Lunatic asylums United Prov. 1922-30 - 1922-1930
Year: 1922
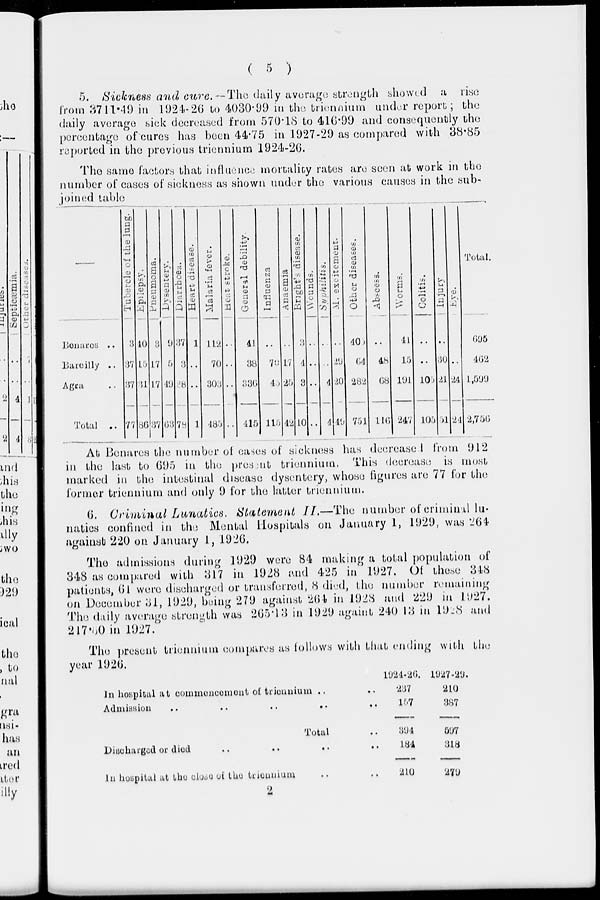
( 5 )
5. Sickness and cure. —The daily average strength showed a rise
from 3711.49 in 1924-26 to 4030.99 in the triennium under report; the
daily average sick decreased from 570.18 to 416.99 and consequently the
percentage of cures has been 44.75 in 1927-29 as compared with 38.85
reported in the previous triennium 1924-26.
The same factors that influence mortality rates are seen at work in the
number of cases of sickness as shown under the various causes in the sub-
joined table
Benares
..
Bareilly ..
Agra
Total ..
Tubercle of the lung.
3
37
37
77
Epilepsy.
40
15
31
86
Pneumoma.
3
17
17
37
Dysentery.
9
5
49
63
Diarrhœs.
37
3
38
78
Heart disease.
1
..
..
1
Malaria fever.
112
70
303
485
Heat stroke.
..
..
..
..
General debility.
41
38
336
415
Influenza
..
70
45
115
Anaemia
..
17
25
42
Bright's disease.
3
4
3
10
Wounds.
..
..
..
..
Syphilitis.
..
..
4
4
M. excitement.
..
29
20
49
Other diseases.
40
64
282
751
Abscess.
..
48
68
116
Worms.
41
15
191
247
Colitis.
..
..
105
105
Injury
..
30
21
51
Eye.
..
..
24
24
Total.
695
462
1,599
2,756
At Benares the number of cases of sickness has decreased from 912
in the last to 695 in the present triennium. This decrease is most
marked in the intestinal disease dysentery, whose figures are 77 for the
former triennium and only 9 for the latter triennium.
6. Criminal Lunatics. Statement II.—The number of criminal lu-
natics confined in the Mental Hospitals on January 1, 1929, was 264
against 220 on January 1, 1926.
The admissions during 1929 were 84 making a total population of
348 as compared with 317 in 1928 and 425 in 1927. Of these 348
patients, 61 were discharged or transferred, 8 died, the number remaining
on December 31, 1929, being 279 against 264 in 1928 and 229 in 1927.
The daily average strength was 265.13 in 1929 againt 240.13 in 1928 and
217.50 in 1927.
The present triennium compares as follows with that ending with the
year 1926.
In hospital at commencement of triennium ..
Admission
..
..
..
..
Total ..
Discharged or died .. .. .. ..
In hospital at the close of the triennum .. ..
l924-26.
237
l57
394
184
210
1927-29
210
387
597
318
279
2